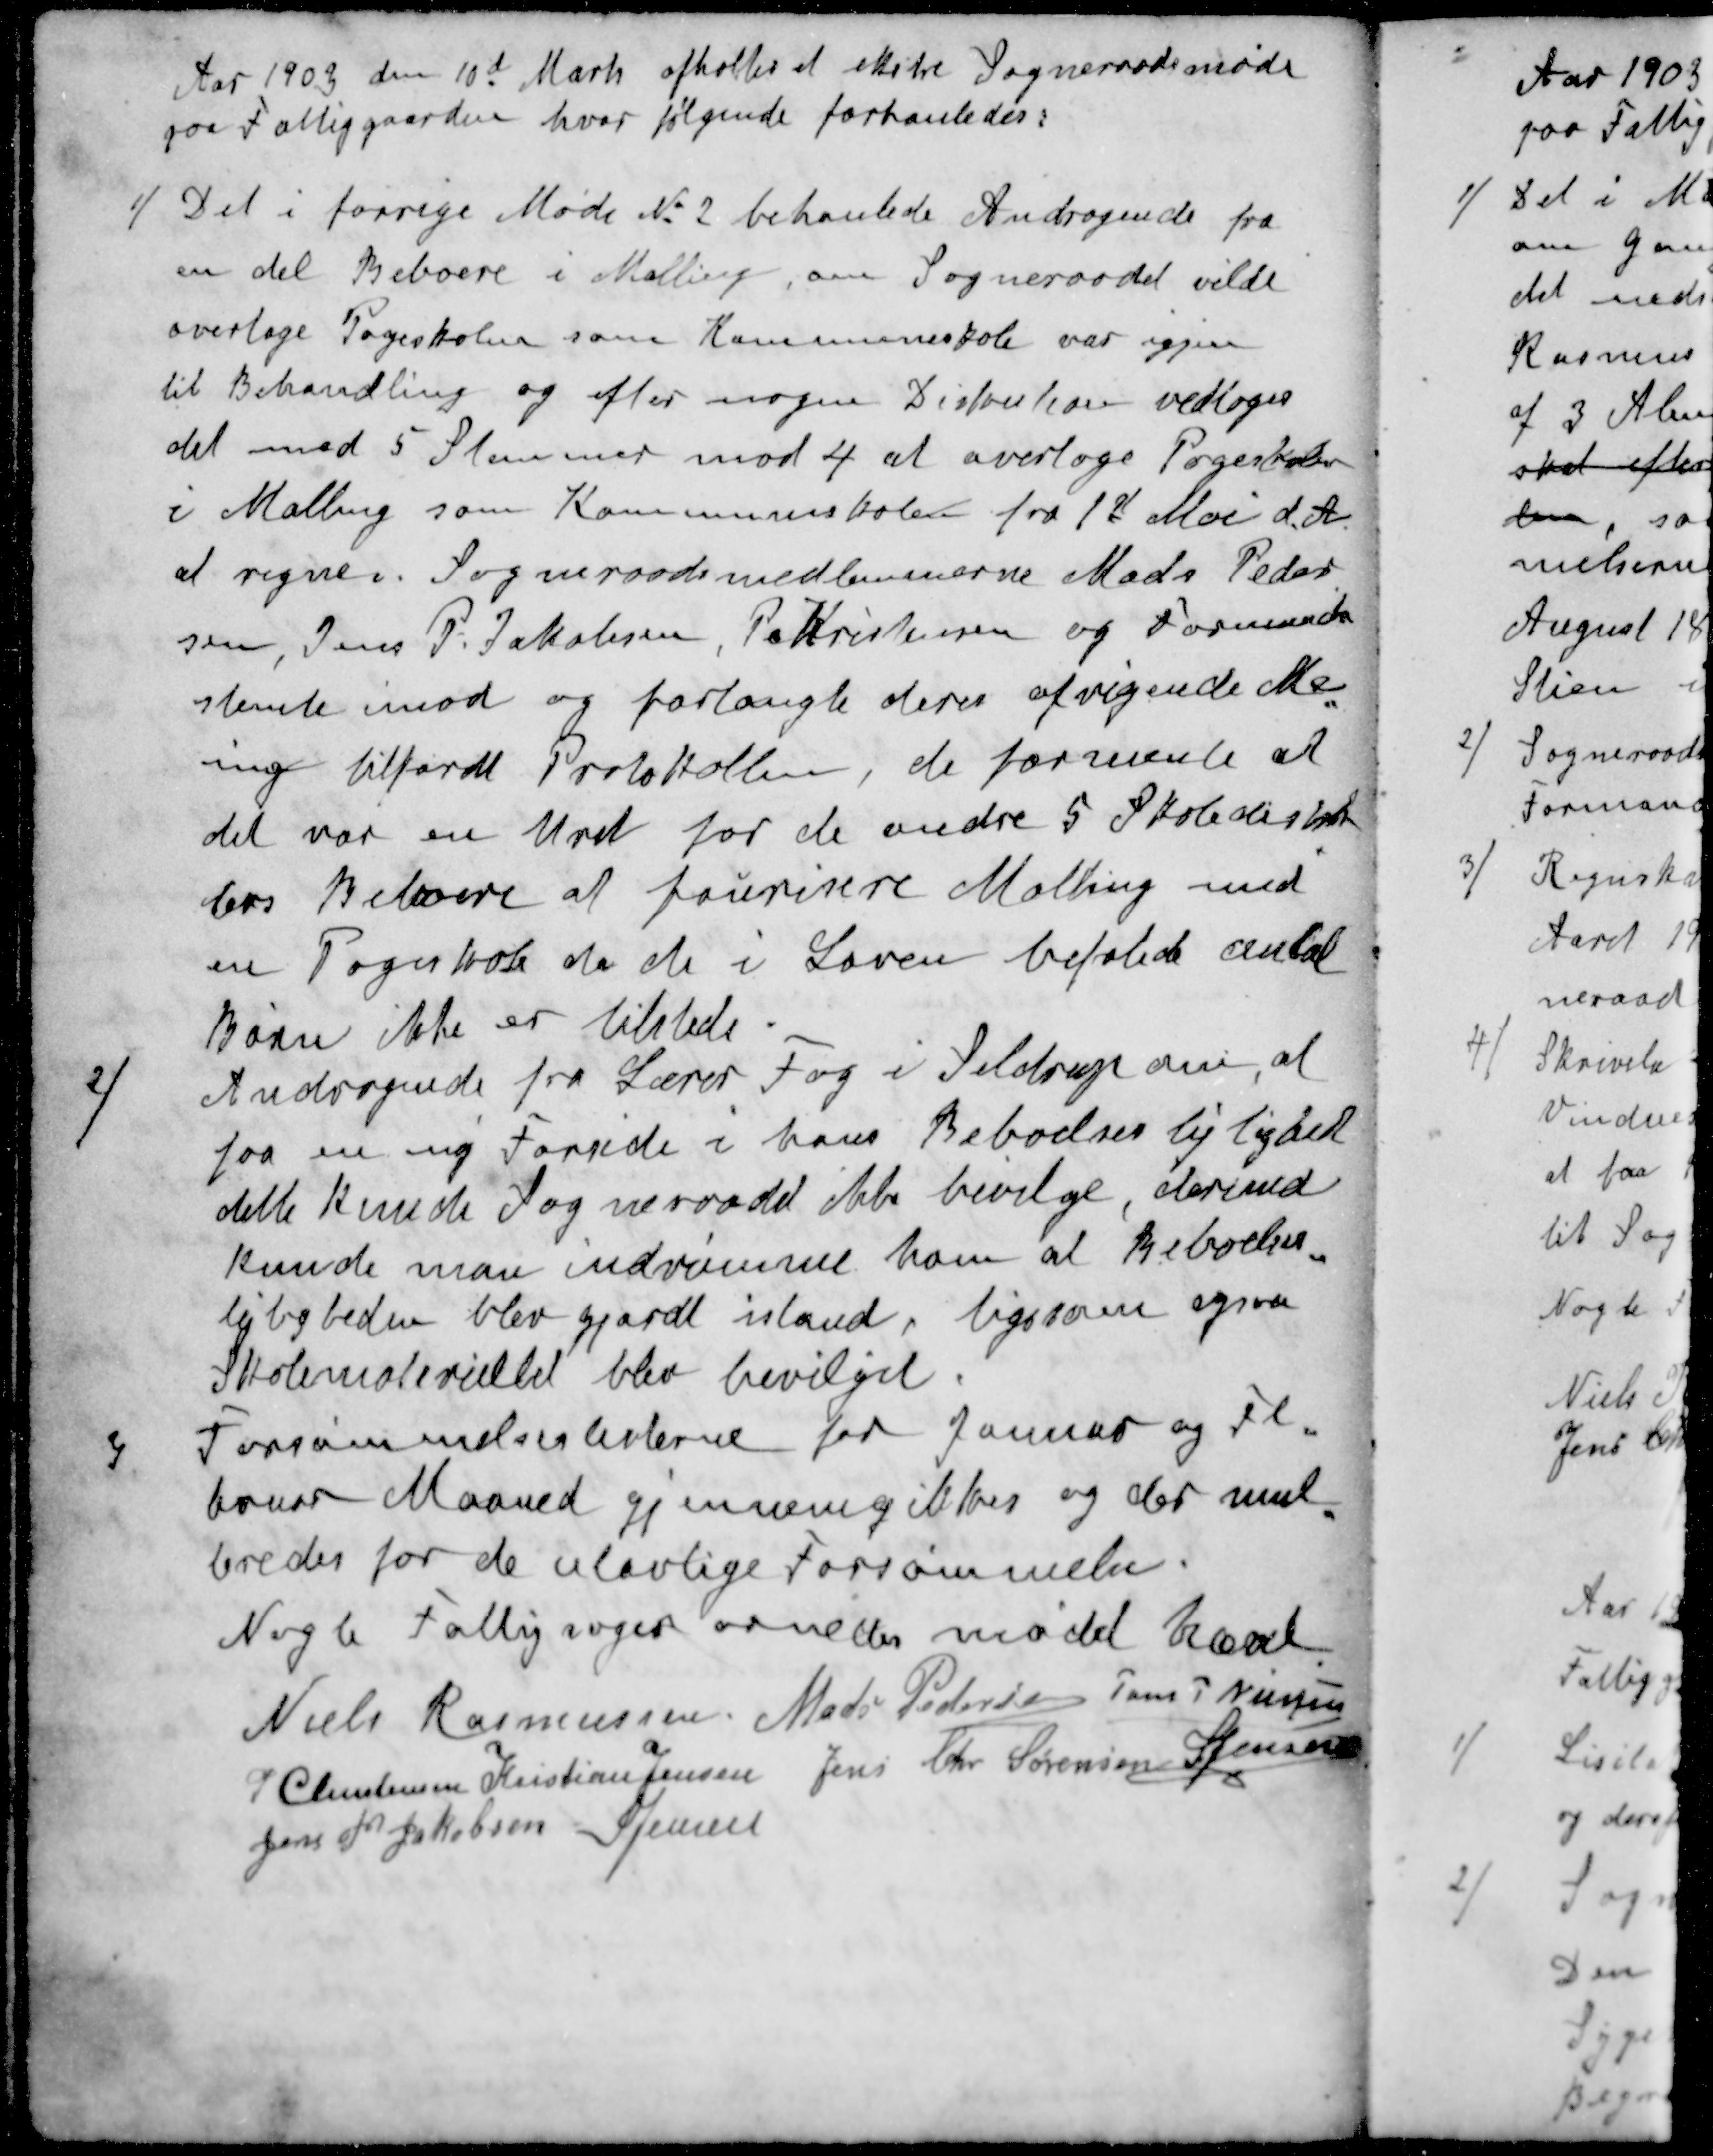
Transskription:
Aar 1903 den 10d Marts afholtes at ekstre Sogneraadsmøde
paa Fattiggaarden, hvor følgende forhanledes:
1 / Det i forrige Møde No 2 behanlede Andragende fra
en del Beboere i Malling, om Sogneraadet vilde 
overtage Pogeskolen som Kommuneskole var igjen
til Behandling og efter nogen Diskution vedtoges
det med 5 Stemmer mod 4 at overlage Pogeskolen
i Malling som Kommuneskolen fra 1st Mai d. A.
at regne. Sogneraadsmedlemmerne Mads Peder-
sen, Jens P. Jakobsen, P Kristensen og Formanden
stemte imod og forlangte deres afvigende Me-
ing tilfordt Protokollen, de formente at
det var en Uret for de andre 5 Skoledistrik-
ters Beboere af fourisere Malling med
en Pogeskole da de i Loven befalede antal
Børn ikke er tilstede.
2 / Andragende fra Lærer Fog i Seldrup om, at
faa en ny Forside i hans Beboelses lejlighed
dette kunde Sogneraadet ikke bevilge derimod
kunde man indrømne ham at Beboelses-
lejligheder blev gjordt istand, ligesom ogsaa
Skolemateriellet blev bevilget.
3 Forsømmelseslisterne for Januar og Fe-
bruar Maaned gjennemgikkes og der mul-
teredes for de ulovlige Forsømmelser
Nogle Fattigsager ornedes mødet hævet
Niels Rasmussen
Mads Pedersen
Jens P Nielsen
P Christensen
Kristian Jensen
Jens Chr Sørensen
S Jensen
Jens P. Jakobsen
S Jensen